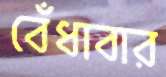
বেঁধাবার